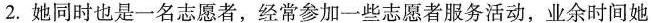
2.她同时也是一名志愿者，经常参加一些志愿者服务活动，业余时间她